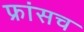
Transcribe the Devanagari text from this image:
फ्रांसच